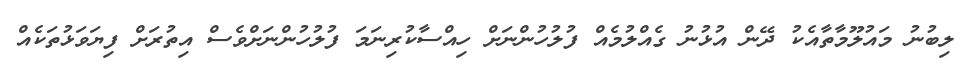
ލިބުނު މައުލޫމާތާއެކު ދޭން އުޅުނު ގެއްލުމެއް ފުލުހުންނަށް ހިއްސާކުރިނަމަ ފުލުހުންނަށްވެސް އިތުރަށް ފިޔަވަޅުތަކެއް